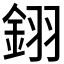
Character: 𨦫